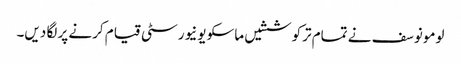
لومونوسف نے تمام ترکوششیں ماسکو یونیورسٹی قیام کرنے پر لگا دیں۔